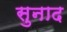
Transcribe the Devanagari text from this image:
सुनाद